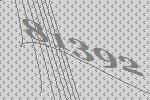
81392